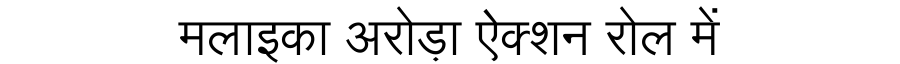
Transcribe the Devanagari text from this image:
मलाइका अरोड़ा ऐक्शन रोल में